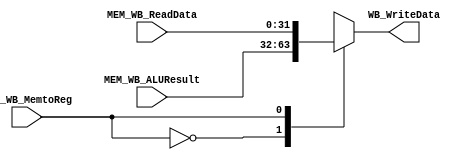
`timescale 1ns / 1ps
`default_nettype none

module WriteBackUnit(MEM_WB_ReadData, MEM_WB_ALUResult, MEM_WB_MemtoReg, WB_WriteData

    );
    
    input [31:0] MEM_WB_ReadData;
    input [31:0] MEM_WB_ALUResult;
    input wire MEM_WB_MemtoReg;
    
    output reg [31:0] WB_WriteData;
    
    always@(*) begin
        case (MEM_WB_MemtoReg)
            1'b0: WB_WriteData <= MEM_WB_ALUResult;
            1'b1: WB_WriteData <= MEM_WB_ReadData;
            default: WB_WriteData <= 32'bX;
        endcase
    end
    
endmodule